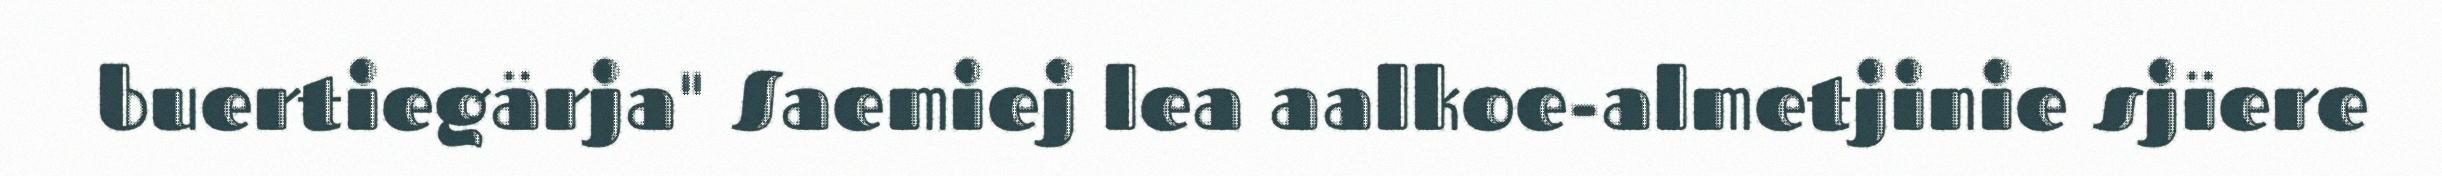
buertiegärja" Saemiej lea aalkoe-almetjinie sjïere